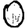
Digit: 0